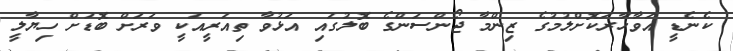
ކެނެޑީ އަވާހާރަކޮށްލުމުގެ ޒިންމާ ޖޯންސަންގެ ބޮލުގައި އަޅުވާ ތިއަރީއަކީ ވަރަށް ބޮޑަށް ހިޔާލީ